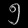
Digit: ၅